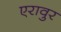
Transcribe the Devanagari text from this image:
एरावुर